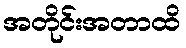
အတိုင်းအတာထိ